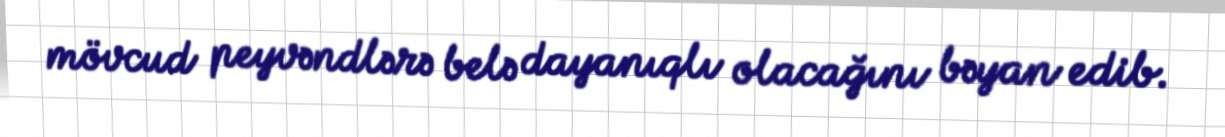
mövcud peyvəndlərə belə dayanıqlı olacağını bəyan edib.